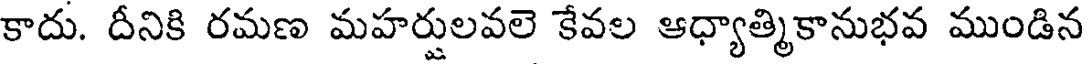
కాదు. దీనికి రమణ మహర్షులవలె కేవల ఆధ్యాత్మికానుభవ ముండిన